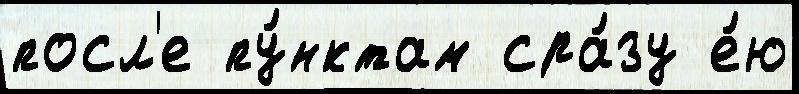
посл'е пу́нктам сра́зу е́ю